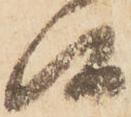
候